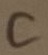
Text: C